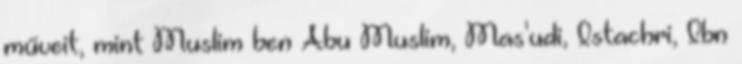
műveit, mint Muslim ben Abu Muslim, Mas'udi, Istachri, Ibn